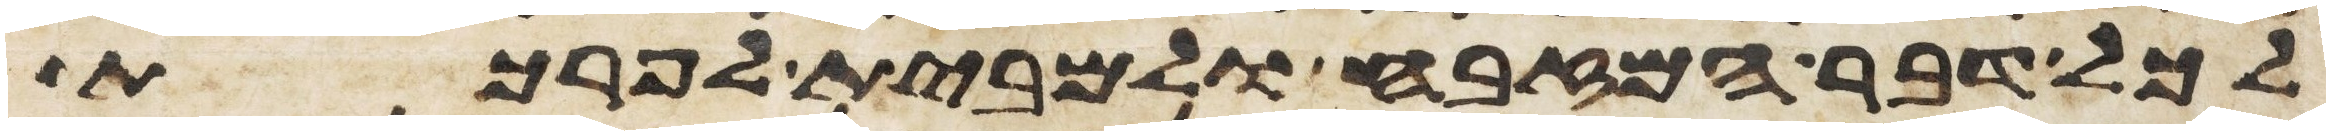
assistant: לכל דבר המזבח ולמבית לפרכת